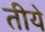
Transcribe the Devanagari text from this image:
तीये